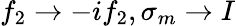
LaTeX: f_{2}\rightarrow-if_{2},\sigma_{m}\rightarrow I